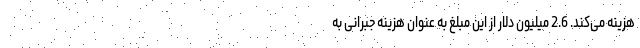
هزینه می‌کند. 2.6 میلیون دلار از این مبلغ به عنوان هزینه جبرانی به